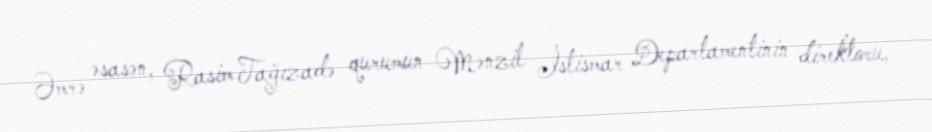
Əmrə əsasən, Rasim Tağızadə qurumun Mənzil İstismar Departamentinin direktoru,